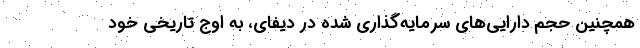
همچنین حجم دارایی‌های سرمایه‌گذاری شده در دیفای، به اوج تاریخی خود